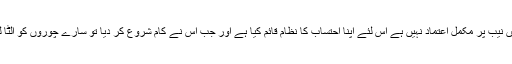
انہوں نے کہا کہ ہمیں نیب پر مکمل اعتماد نہیں ہے اس لئے اپنا احتساب کا نظام قائم کیا ہے اور جب اس نے کام شروع کر دیا تو سارے چوروں کو الٹا لٹکا دیکھا جائے گا ۔